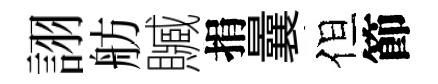
詡舫贓捐曩但節